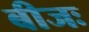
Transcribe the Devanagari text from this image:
बीजः